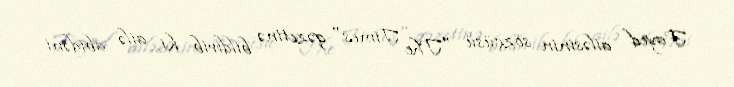
Fayed ailəsinin sözçüsü "The Times" qəzetinə bildirib ki, ailə abidəni